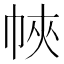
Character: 𢂿